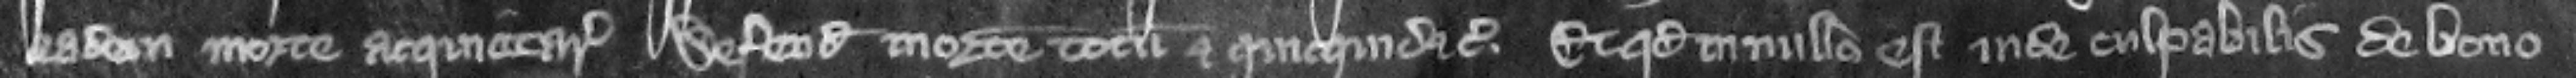
eadem morte acquietare defendit mortem totum et quicquid etc. et quod in nullo est inde culpabilis de bono